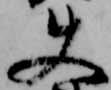
使